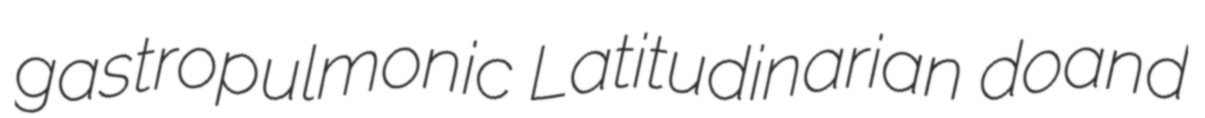
gastropulmonic Latitudinarian doand